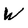
Character: W